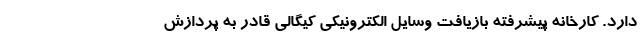
دارد. کارخانه پیشرفته بازیافت وسایل الکترونیکی کیگالی قادر به پردازش